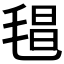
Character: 𣮑